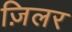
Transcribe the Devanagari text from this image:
ज़िलर